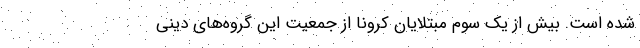
شده است. بیش از یک سوم مبتلایان کرونا از جمعیت این گروه‌های دینی